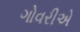
ગોવરીએ